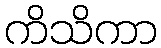
ကိသိကာ